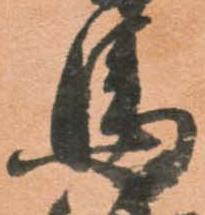
馬